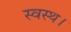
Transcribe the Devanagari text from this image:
स्वस्थ।